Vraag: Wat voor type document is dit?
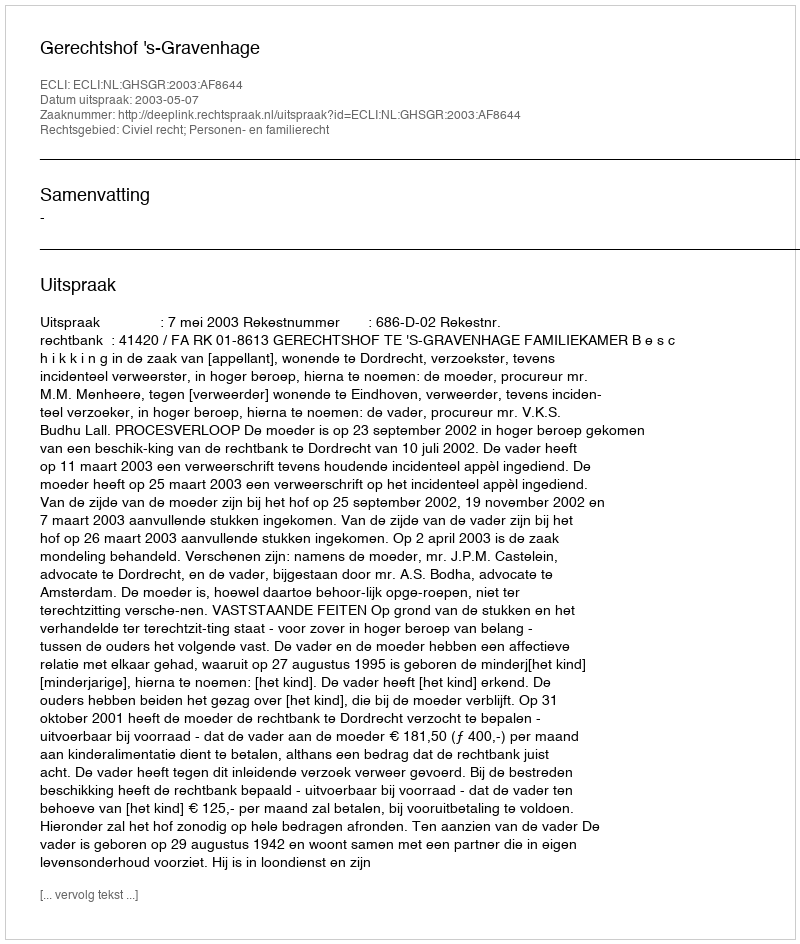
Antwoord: Uitspraak